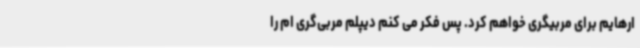
ارهایم برای مربیگری خواهم کرد. پس فکر می کنم دیپلم مربی‌گری ام را